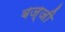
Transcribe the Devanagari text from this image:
बज्जी